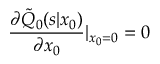
\frac { \partial \tilde { Q } _ { 0 } ( s | x _ { 0 } ) } { \partial x _ { 0 } } | _ { x _ { 0 } = 0 } = 0